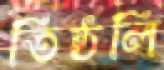
তিষ্ঠলি